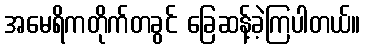
အမေရိကတိုက်တခွင် ခြေဆန့်ခဲ့ကြပါတယ်။